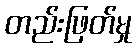
တည်းဖြတ်မှု